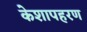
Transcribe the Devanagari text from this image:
केशापहरण